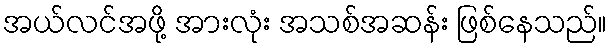
အယ်လင်အဖို့ အားလုံး အသစ်အဆန်း ဖြစ်နေသည်။